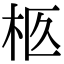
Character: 柩